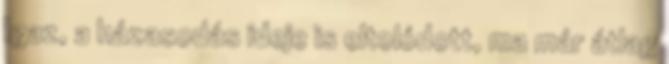
Igaz, a házasodás ideje is eltolódott, ma már átlag